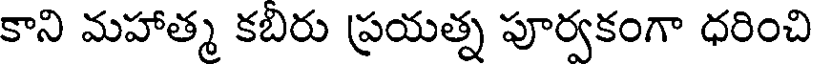
కాని మహాత్మ కబిరు ప్రయత్న పూర్వకంగా ధరించి